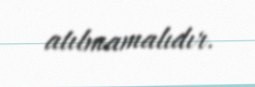
atılmamalıdır.